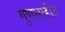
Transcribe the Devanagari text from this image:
गुणासहीत